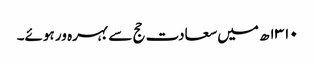
۱۳۱۰ھ میں سعادت حج سے بہرہ ور ہوئے۔